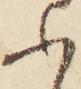
ふ